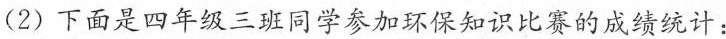
(2)下面是四年级三班同学参加环保知识比赛的成绩统计：